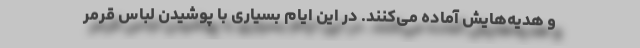
و هدیه‌هایش آماده می‌کنند. در این ایام بسیاری با پوشیدن لباس قرمر